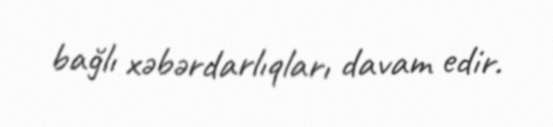
bağlı xəbərdarlıqları davam edir.